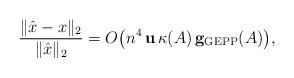
LaTeX: \begin{align*}\frac{\| \hat x - x\|_2}{\|\hat x\|_2} = O\big(n^4 \,{\bf u}\,\kappa(A)\, {\bf g_{\rm GEPP}}(A)\big),\end{align*}